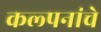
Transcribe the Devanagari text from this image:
कल्‍पनांचे